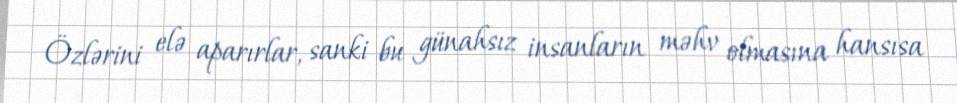
Özlərini elə aparırlar, sanki bu günahsız insanların məhv olmasına hansısa